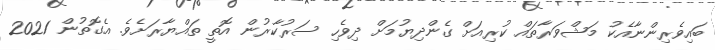
ބައިވެރިންނާއެކު މަޝްވަރާތައް ކުރިއަށް ގެންދިޔުމަށް ދިވެހި ސަރުކާރުން އޮތީ ތައްޔާރަށެވެ. އެގޮތުން 2021